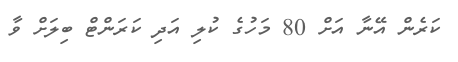
ކަރެން އޭނާ އަށް 80 މަހުގެ ކުލި އަދި ކަރަންޓް ބިލަށް ވާ